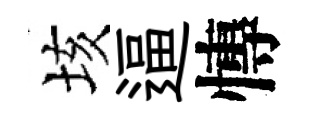
垓逼慱